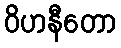
ဝိဟနီတော